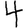
Digit: 4